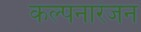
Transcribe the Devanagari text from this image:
कल्पनारंजन